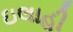
ઇલાહી